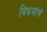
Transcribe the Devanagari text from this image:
विभ्रमांचे